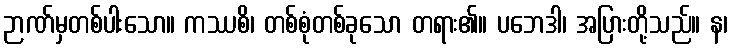
ဉာဏ်မှတစ်ပါးသော။ ကဿစိ၊ တစ်စုံတစ်ခုသော တရား၏။ ပဘေဒါ၊ အပြားတို့သည်။ န၊